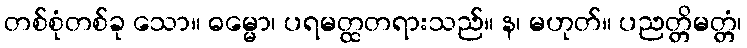
တစ်စုံတစ်ခု သော။ ဓမ္မော၊ ပရမတ္ထတရားသည်။ န၊ မဟုတ်။ ပညတ္တိမတ္တံ၊